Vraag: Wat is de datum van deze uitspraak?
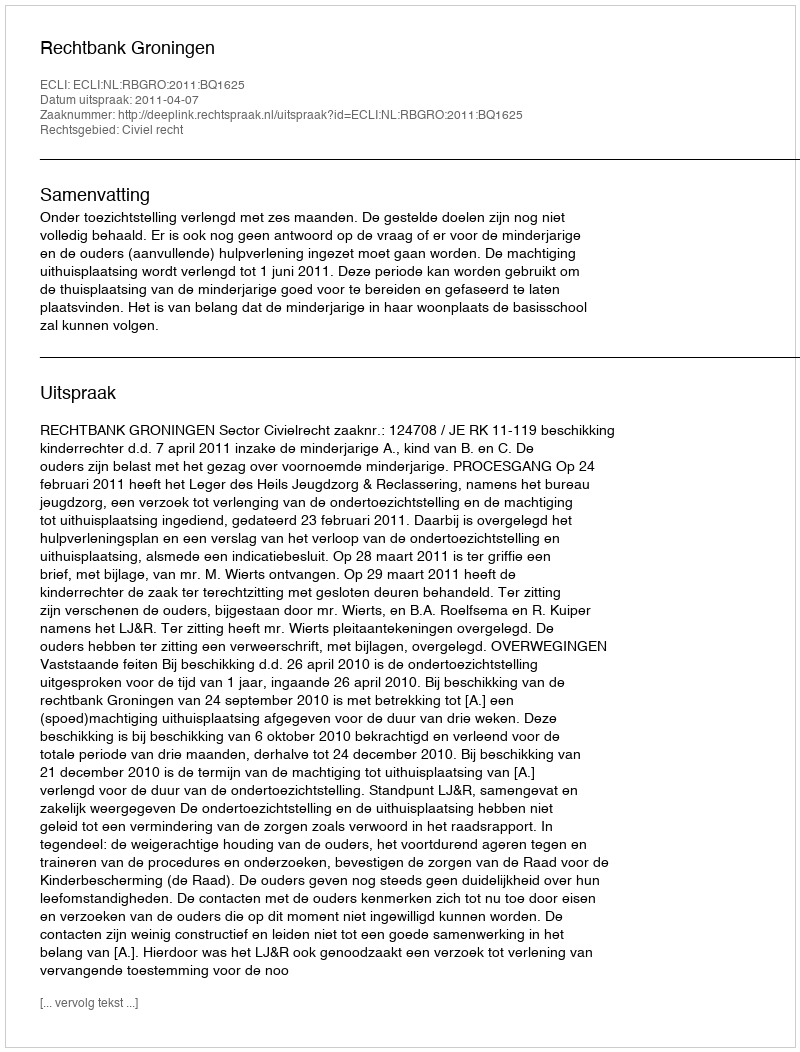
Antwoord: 2011-04-07